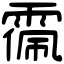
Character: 𩃥